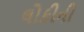
લોકીની